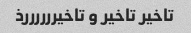
تاخیر تاخیر و تاخیررررررذ